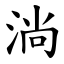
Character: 淌